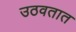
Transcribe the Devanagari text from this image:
उठवतात